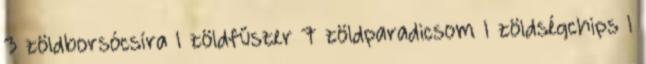
3 zöldborsócsíra 1 zöldfűszer 7 zöldparadicsom 1 zöldségchips 1